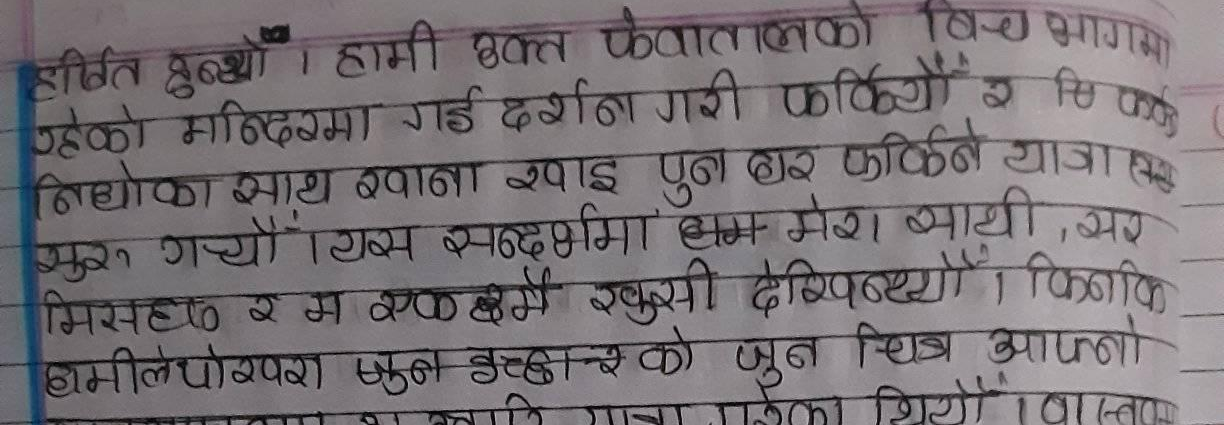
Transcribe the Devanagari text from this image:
स्थित हुन्थ्यो । हामी भक्त फेवातालको बीच भागमा
उहेको मन्दिरमा गई दर्शन गरी फर्कियो । र फर्किने
निहको साथ खाना खाइ पुन घर फर्किने यात्रा
गयो । यस सन्दर्भमा हाम मेरा साथी, सर
मिसहेड र म एकछिन खुसी देखिन्थ्यो । किनकि
हामीले पोखरा जुन दृछनको जुन चित्र आफ्नो